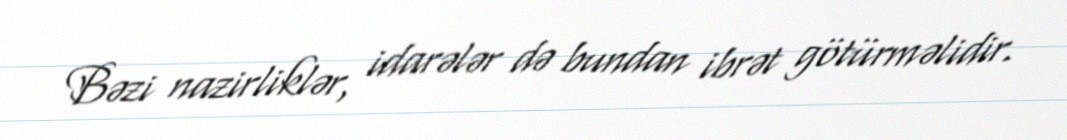
Bəzi nazirliklər, idarələr də bundan ibrət götürməlidir.